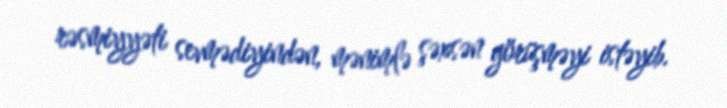
rəsmiyyəti sevmədiyindən, mənimlə şəxsən görüşməyi istəyib.